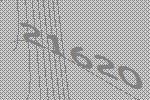
21620